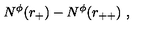
N ^ { \phi } ( r _ { + } ) - N ^ { \phi } ( r _ { + + } ) \ ,